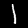
Label: 1